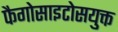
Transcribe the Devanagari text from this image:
फैगोसाइटोसयुक्त